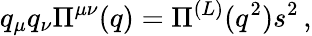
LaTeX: q_{\mu}q_{\nu}\Pi^{\mu\nu}(q)=\Pi^{(L)}(q^{2})s^{2}\, ,